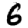
Digit: 6